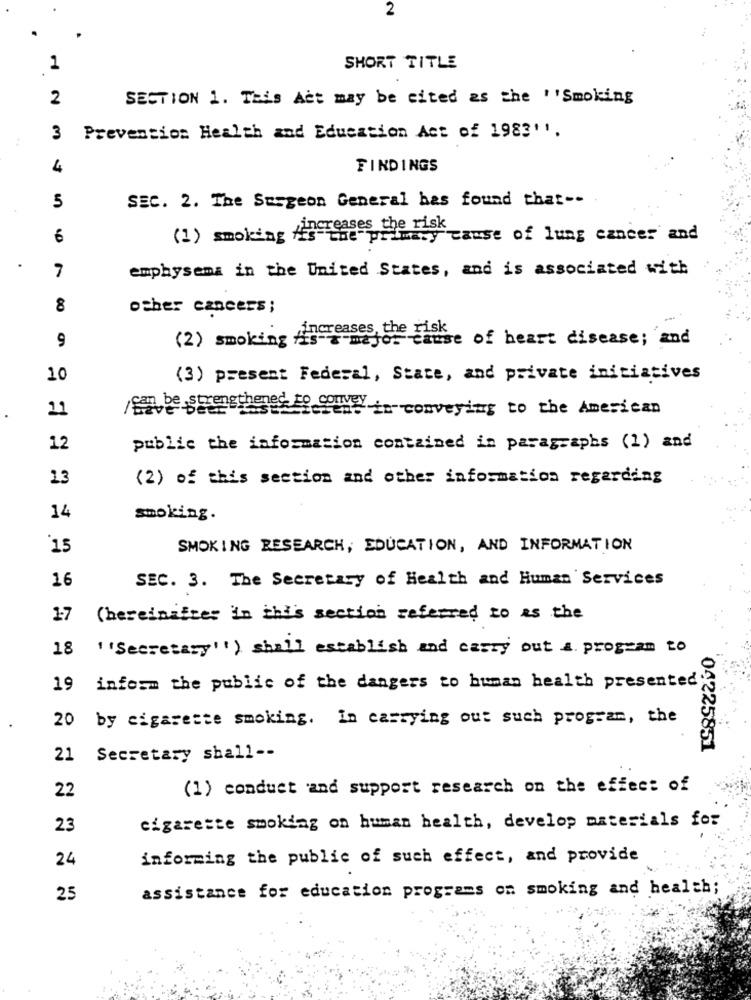
2
1
SHORT TITLE
2
SECTION 1. This Act may be cited as the ''Smoking
..
3
Prevention Health and Education Act of 1983''.
4
FINDINGS
5
SEC. 2. The Surgeon General has found that --
Increases the risk
6
(1) smoking Is the primary cause of lung cancer and
7
emphysema in the United States, and is associated with
8
other cancers;
9
is"+"mejor Cause of heart disease; and
(2) smoking
10
(3) present Federal, State, and private initiatives
11
san be strengthened to convey
cien. in conveying to the American
12
public the information contained in paragraphs (1) and
13
(2) of this section and other information regarding
14
smoking.
15
SMOKING RESEARCH, EDUCATION, AND INFORMATION
16
SEC. 3. The Secretary of Health and Human Services
17
(hereinafter in this section referred to as the
18
" 'Secretary !! ) shall establish and carry out a program to
19
inform the public of the dangers to human health presented;
20
by cigarette smoking. In carrying out such program, the
04225851
21
Secretary shall --
22
(1) conduct and support research on the effect of
23
cigarette smoking on human health, develop materials for
24
informing the public of such effect, and provide
assistance for education programs om smoking and health;
25